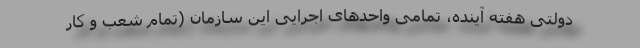
دولتی هفته آینده، تمامی واحدهای اجرایی این سازمان (تمام شعب و کار